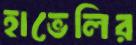
হাভেলির